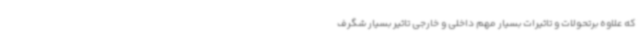
که علاوه برتحولات و تاثیرات بسیار مهم داخلی و خارجی تاثیر بسیار شگرف